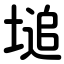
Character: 塠